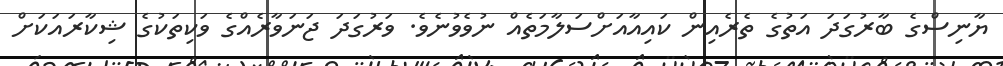
ޔާނިސްގެ ބާރުގަދަ އަތުގެ ތެރެއިން ކައިއާއަށްސަލާމަތެއް ނުވެވުނެވެ. ވަރުގަދަ ޖަނަވާރެއްގެ ވަކިތަކުގެ ޝިކާރައަކަށް